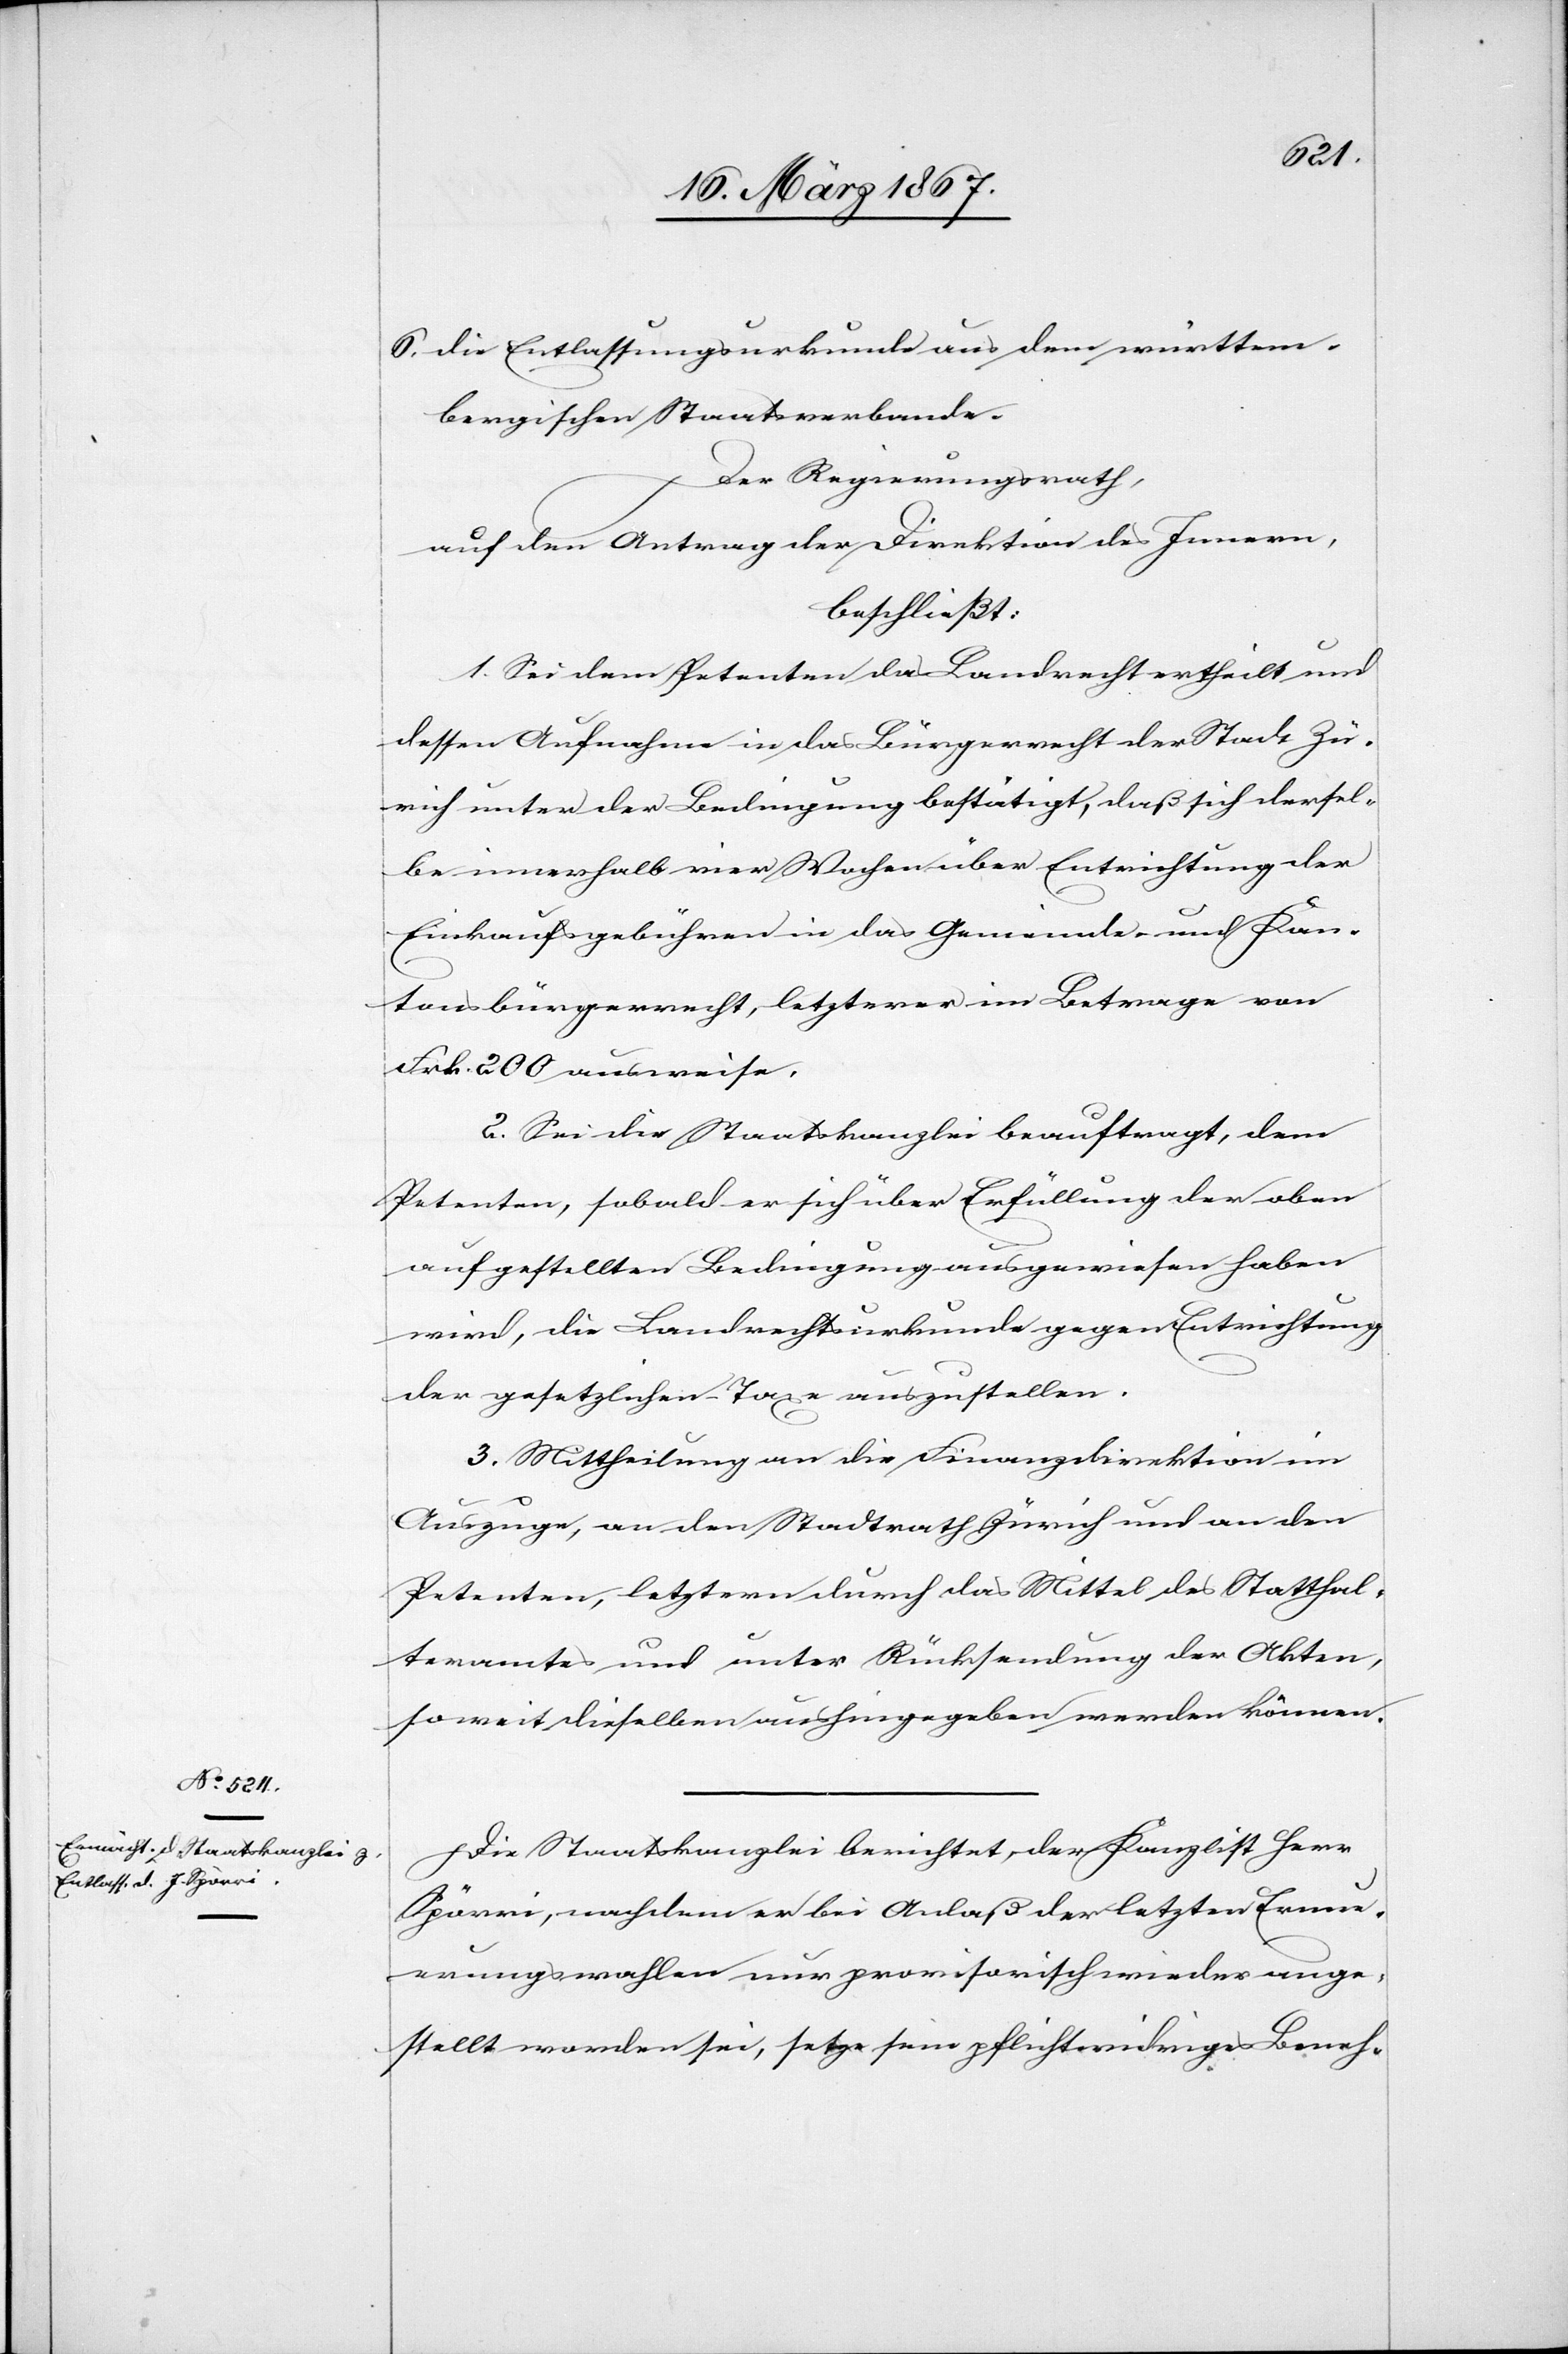
6. die Entlassungsurkunde aus dem württem¬
bergischen Staatsverbande.
Der Regierungsrath,
auf den Antrag der Direktion des Innern,
beschließt:
1. Sei dem Petenten das Landrecht ertheilt und
dessen Aufnahme in das Bürgerrecht der Stadt Zü¬
rich unter der Bedingung bestätigt, daß sich dersel¬
be innerhalb vier Wochen über Entrichtung der
Einkaufsgebühren in das Gemeinde- und Kan¬
tonsbürgerrecht, letzterer im Betrage von
Frk. 200 ausweise.
2. Sei die Staatskanzlei beauftragt, dem
Petenten, sobald er sich über Erfüllung der oben
aufgestellten Bedingungen ausgewiesen haben
wird, die Landrechtsurkunde gegen Entrichtung
der gesetzlichen Taxe auszustellen.
3. Mittheilung an die Finanzdirektion im
Auszuge, an den Stadtrath Zürich und an den
Petenten, letztern durch das Mittel des Statthal¬
teramtes und unter Rücksendung der Akten,
soweit dieselben aushingegeben werden können.
Die Staatskanzlei berichtet, der Kanzlist Herr
Spörri, nachdem er bei Anlaß der letzten Erneu¬
erungswahlen nur provisorisch wieder ange¬
stellt worden sei, setze sein pflichtwidriges Beneh-